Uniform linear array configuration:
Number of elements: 16
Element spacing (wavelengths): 0.5
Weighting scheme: kaiser
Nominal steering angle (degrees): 45
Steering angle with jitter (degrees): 46.252
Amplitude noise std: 0.05
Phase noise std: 0.05

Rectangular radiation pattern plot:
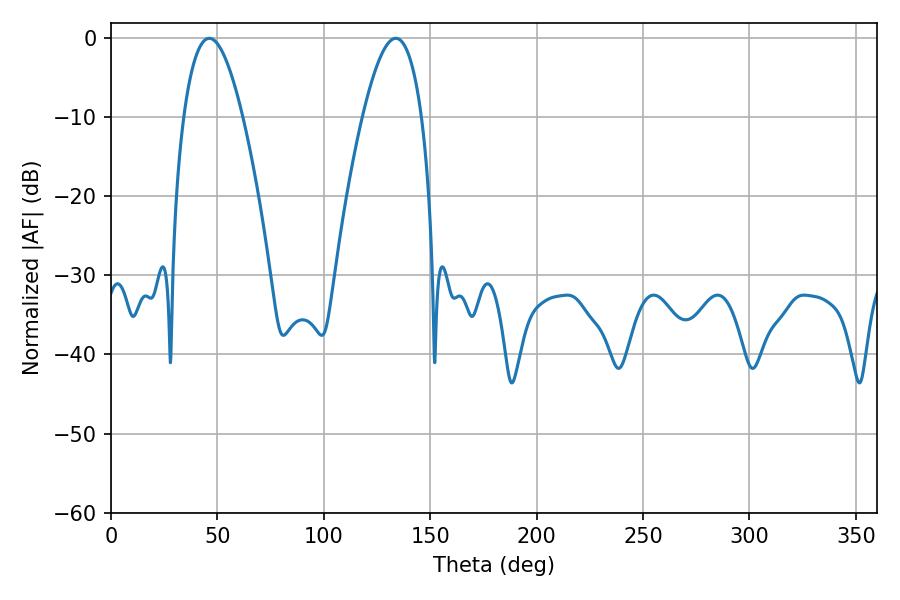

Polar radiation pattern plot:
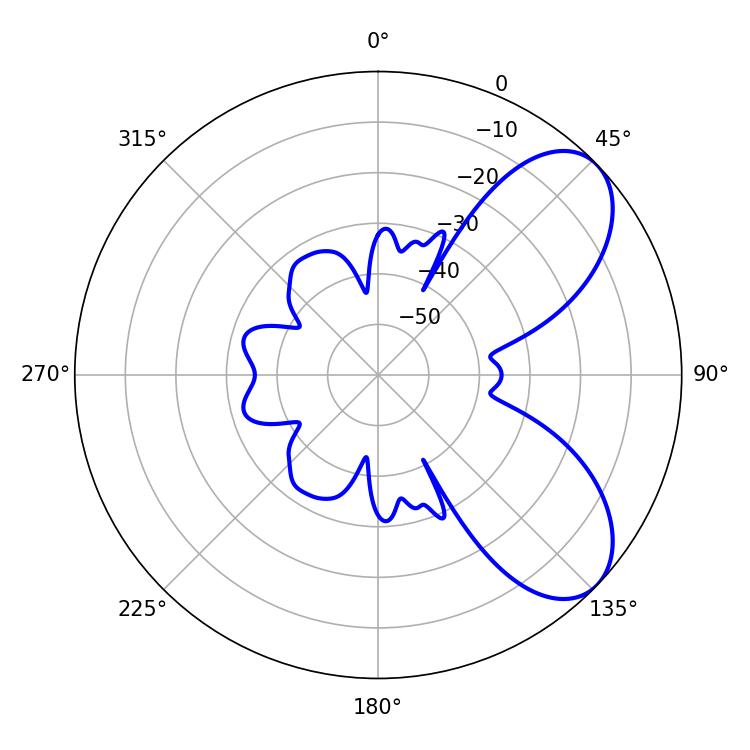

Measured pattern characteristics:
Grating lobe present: FALSE
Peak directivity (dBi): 6.823
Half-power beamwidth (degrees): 15.3
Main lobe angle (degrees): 46.26